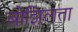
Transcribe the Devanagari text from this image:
बोझिलता